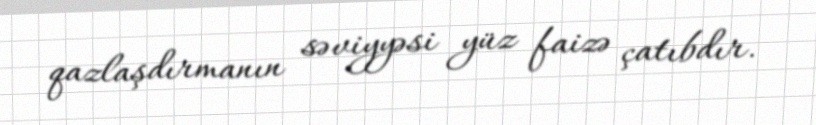
qazlaşdırmanın səviyyəsi yüz faizə çatıbdır.